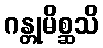
ဂန္တုမိစ္ဆသိ